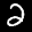
Label: 2